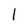
Character: l